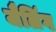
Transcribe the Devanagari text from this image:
जैलिंग